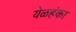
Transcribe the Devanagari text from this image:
येळहंका